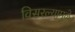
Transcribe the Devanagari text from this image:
विसरल्यामुळे